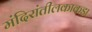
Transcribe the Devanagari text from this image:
मंदिरांतीलकाकडा